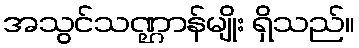
အသွင်သဏ္ဌာန်မျိုး ရှိသည်။